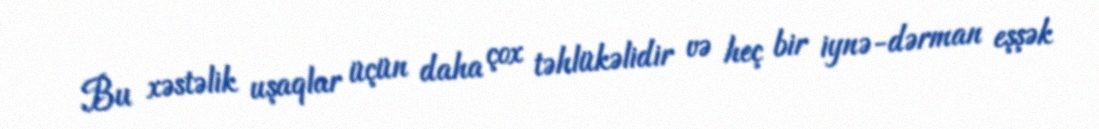
Bu xəstəlik uşaqlar üçün daha çox təhlükəlidir və heç bir iynə-dərman eşşək